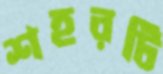
শহরটি